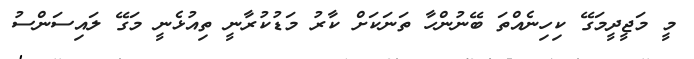
މީ މަޖީދީމަގޭ ކިހިނެއްތަ ބޭނުންހާ ތަނަކަށް ކާރު މަޑުކުރާނީ ތިއުޅެނީ މަގޭ ލައިސަންސު